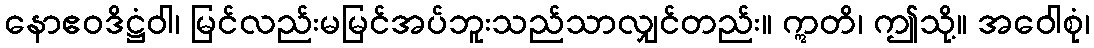
နောဧဝဒိဋ္ဌံဝါ၊ မြင်လည်းမမြင်အပ်ဘူးသည်သာလျှင်တည်း။ ဣတိ၊ ဤသို့။ အဝေါစုံ၊